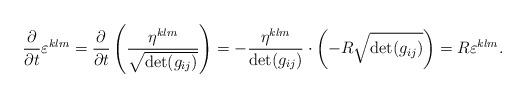
LaTeX: \begin{align*}\frac{\partial}{\partial t}\varepsilon^{klm}&=\frac{\partial}{\partial t}\left(\frac{\eta^{klm}}{\sqrt{\det (g_{ij})}}\right)=-\frac{\eta^{klm}}{\det (g_{ij})}\cdot\left(-R\sqrt{\det (g_{ij})}\right)=R\varepsilon^{klm}.\end{align*}